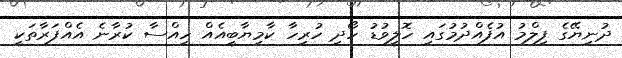
ދުނިޔޭގެ ފިލްމު އުފެއްދުމުގައި ހޮލީވުޑު ހޯދި ހުރިހާ ކާމިޔާބީއެއް ހިއްސާ ކުރާނެ އެއްފަރާތަކީ